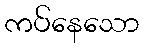
ကပ်နေသော